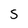
Character: S